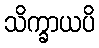
သိက္ခာယပိ